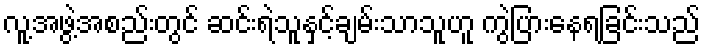
လူ့အဖွဲ့အစည်းတွင် ဆင်းရဲသူနှင့်ချမ်းသာသူဟူ ကွဲပြားနေရခြင်းသည်